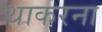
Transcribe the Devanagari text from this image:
थाकरना